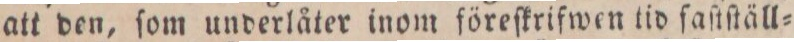
att den, ſom underlåter inom föreſkrifwen tid faſtſtäll=